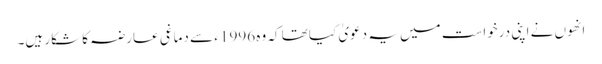
انھوں نے اپنی درخواست میں یہ دعویٰ کیا تھا کہ وہ 1996 ء سے دماغی عارضہ کا شکار ہیں۔